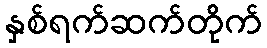
နှစ်ရက်ဆက်တိုက်